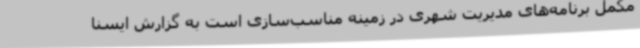
مکمل برنامه‌های مدیریت شهری در زمینه مناسب‌سازی است به گزارش ایسنا